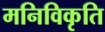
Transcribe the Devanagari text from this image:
मनिविकृति